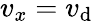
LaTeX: v_{x}=v_{\mathrm{d}}